38_143685_box_Incident_Summaries_101-172
Agency: Department of War
Page 14
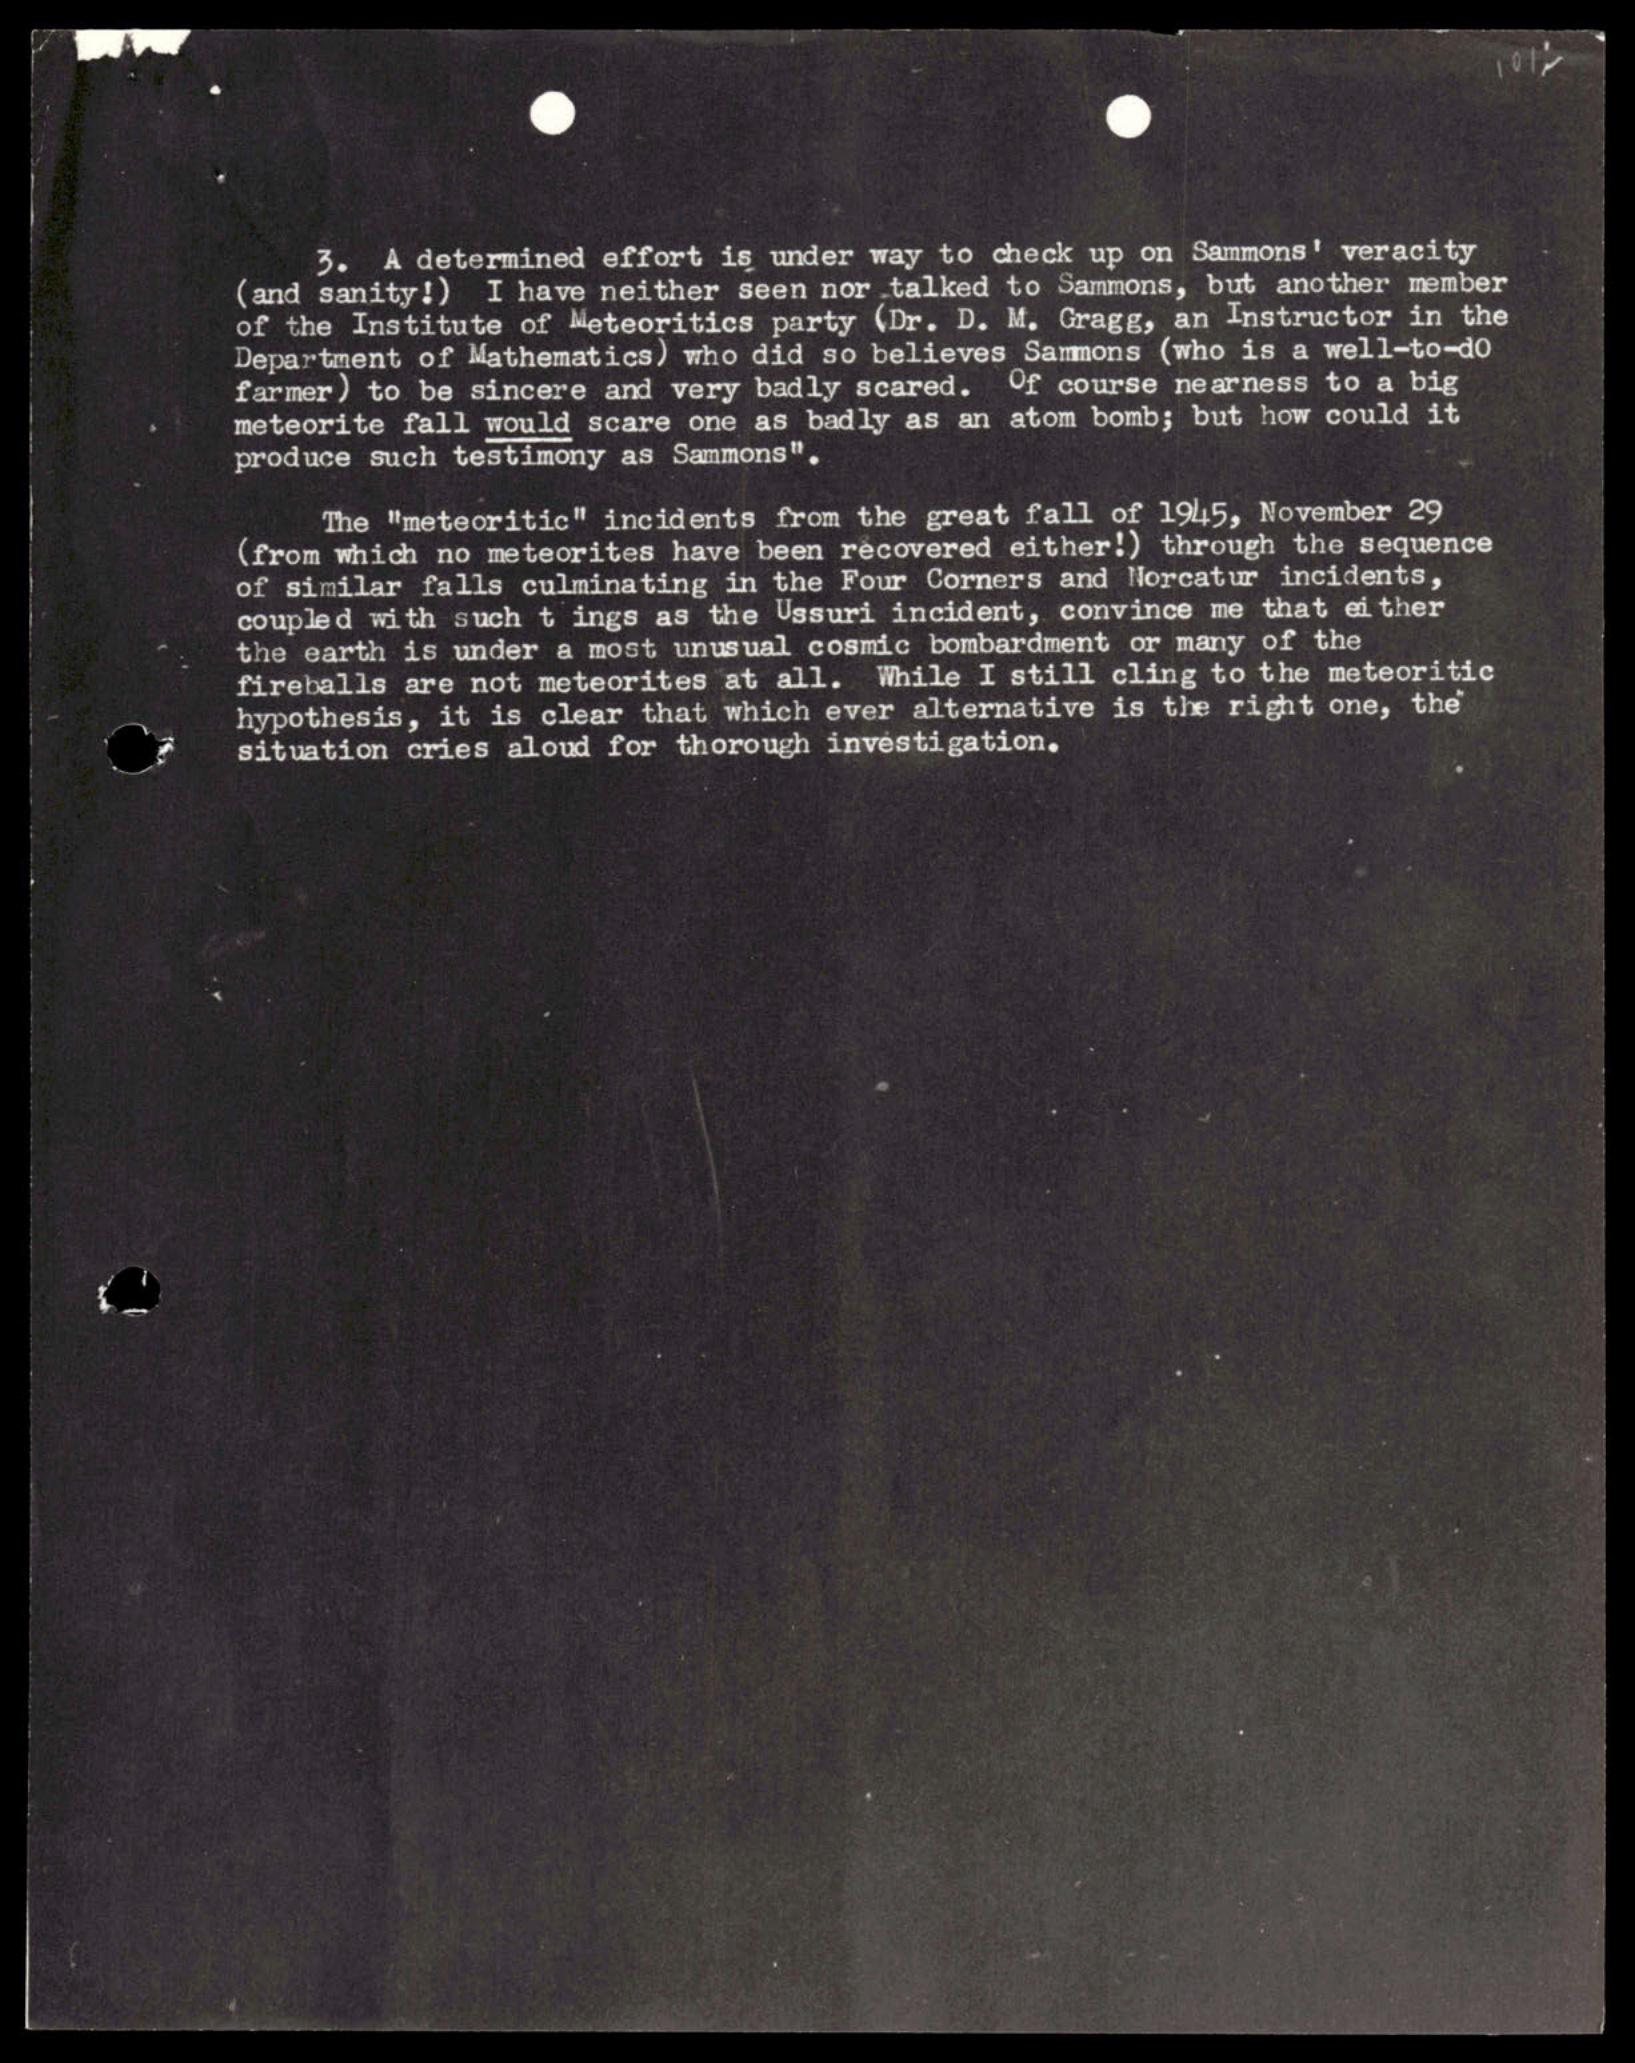